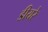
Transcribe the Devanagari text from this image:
डीयरे